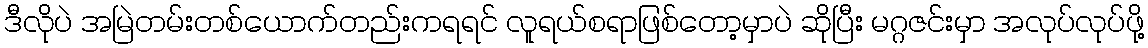
ဒီလိုပဲ အမြဲတမ်းတစ်ယောက်တည်းကရရင် လူရယ်စရာဖြစ်တော့မှာပဲ ဆိုပြီး မဂ္ဂဇင်းမှာ အလုပ်လုပ်ဖို့